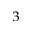
^ 3